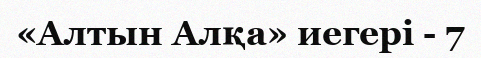
«Алтын Алқа» иегері - 7